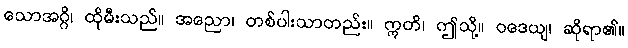
သောအဂ္ဂိ၊ ထိုမီးသည်။ အညော၊ တစ်ပါးသာတည်း။ ဣတိ၊ ဤသို့။ ဝဒေယျ၊ ဆိုရာ၏။